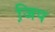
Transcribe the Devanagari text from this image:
जि़प